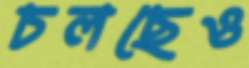
চলছেও